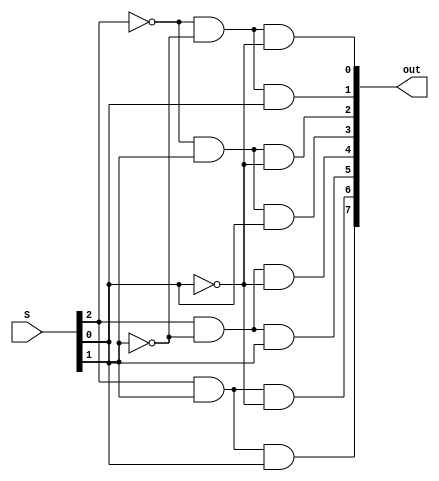
module decoder3_8 (S, out);

  input [2:0] S;
  output [7:0] out;
  
  assign out[0] = (~S[2]) & (~S[1]) & (~S[0]);
  assign out[1] = (~S[2]) & (~S[1]) &  S[0];
  assign out[2] = (~S[2]) &  S[1] & (~S[0]);
  assign out[3] = (~S[2]) &  S[1] &  S[0];
  assign out[4] =  S[2] & (~S[1]) & (~S[0]);
  assign out[5] =  S[2] & (~S[1]) &  S[0];
  assign out[6] =  S[2] &  S[1] & (~S[0]);
  assign out[7] =  S[2] &  S[1] &  S[0];

endmodule